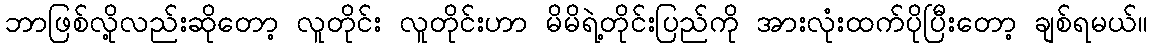
ဘာဖြစ်လို့လည်းဆိုတော့ လူတိုင်း လူတိုင်းဟာ မိမိရဲ့တိုင်းပြည်ကို အားလုံးထက်ပိုပြီးတော့ ချစ်ရမယ်။